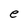
Character: e